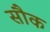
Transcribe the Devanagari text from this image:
सौक